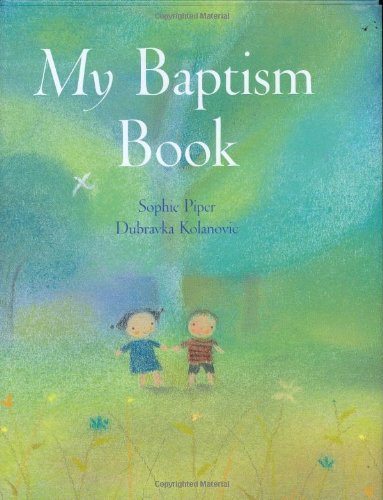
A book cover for My Baptism Book; Sophie Piper; Christian Books & Bibles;